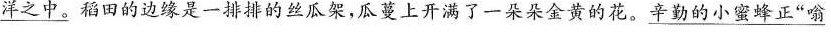
\underline{洋之中。}稻田的边缘是一排排的丝瓜架，瓜蔓上开满了一朵朵金黄的花。\underline{辛勤的小蜜蜂正”嗡}